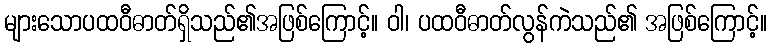
များသောပထဝီဓာတ်ရှိသည်၏အဖြစ်ကြောင့်။ ဝါ၊ ပထဝီဓာတ်လွန်ကဲသည်၏ အဖြစ်ကြောင့်။